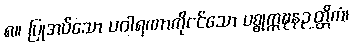
၈။ ပြုအပ်သော ပဝါရဏာကိုငင်သော ပစ္စုက္ကဍ္ဎနဉတ္တိကံ၊